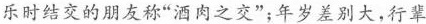
乐时结交的朋友称”酒肉之交”；年岁差别大，行辈